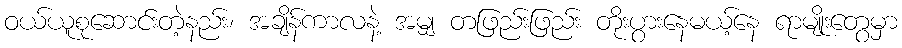
ဝယ်ယူစုဆောင်းတဲ့နည်း၊ အချိန်ကာလနဲ့ အမျှ တဖြည်းဖြည်း တိုးပွားနေမယ့်နေ ရာမျိုးတွေမှာ